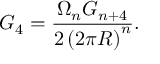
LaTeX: G _ { 4 } = \frac { \Omega _ { n } G _ { n + 4 } } { 2 \left( 2 \pi R \right) ^ { n } } .